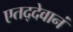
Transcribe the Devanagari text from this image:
एतद्देवानं